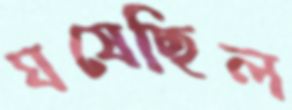
ঘষেছিল